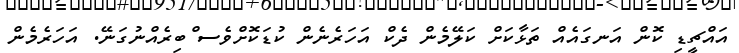
އައްޗީޑި ކޮން އަނގައެއް ތަޅާކަށް ކަލޭމެން ދެކް އަހަރެނެން ކުޑަކޮށްވެސ ްބިރެއްނުގަނޭ. އަހަރެމެން